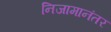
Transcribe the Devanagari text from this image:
निजामानंतर